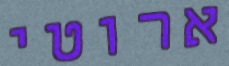
ארוטי